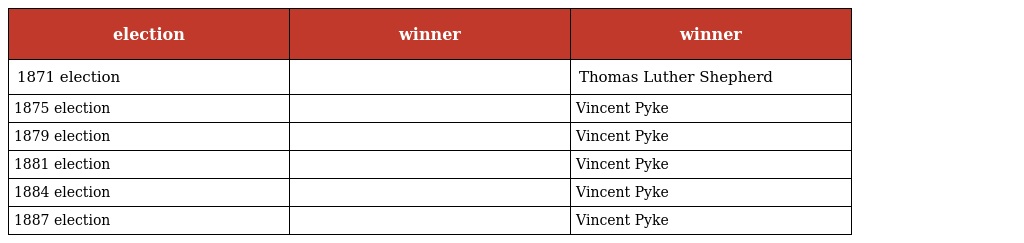
| election | winner | winner |
 | --- | --- | --- |
 | 1871 election |  | Thomas Luther Shepherd |
 | 1875 election |  | Vincent Pyke |
 | 1879 election |  | Vincent Pyke |
 | 1881 election |  | Vincent Pyke |
 | 1884 election |  | Vincent Pyke |
 | 1887 election |  | Vincent Pyke |